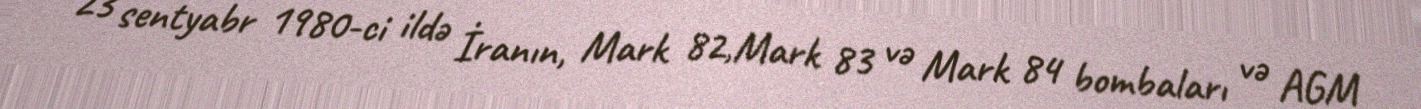
23 sentyabr 1980-ci ildə İranın, Mark 82,Mark 83 və Mark 84 bombaları və AGM